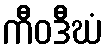
ကီဝဒီဃံ